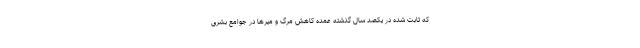
که ثابت شده در یکصد سال گذشته عمده کاهش مرگ و میرها در جوامع بشری